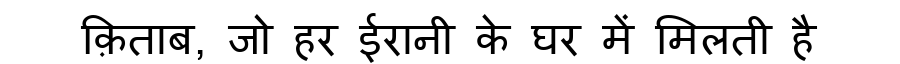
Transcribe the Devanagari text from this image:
क़िताब, जो हर ईरानी के घर में मिलती है